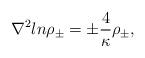
LaTeX: \begin{align*}{\nabla}^2 ln{\rho}_{\pm}={\pm}{\frac{4}{\kappa}}{\rho}_{\pm},\end{align*}